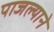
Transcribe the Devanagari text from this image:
पाजल्याने